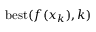
\mathrm { b e s t } ( f ( x _ { k } ) , k )